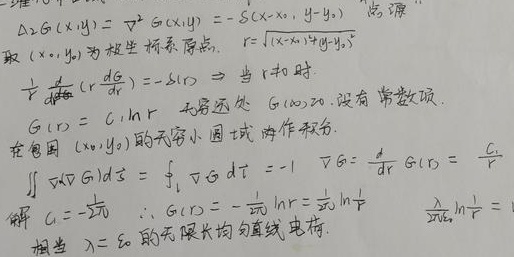
取\((x_0,y_0)\)为极坐标系原点，\(r=\sqrt{(x-x_0)^2+(y-y_0)^2}\)。\\
\(\Delta^{2}G(x,y)=\nabla^{2}G(x,y)=-\delta(x-x_0,y-y_0)\quad\)（点源）\\
\(\frac{1}{r}\frac{d}{dr}\left(r\frac{dG}{dr}\right)=-\delta(r)\Rightarrow\)当r时，\\
无穷远处\(G(\infty)=0\)，没有常数项\\
\(G(r)=C_1\lnr\)\\
在包围\((x_0,y_0)\)的无穷小区域内作积分，\\
\(\iint\nablaG\cdotd\vec{S}=\oint_{l}\nablaG\cdotd\vec{l}=-1\quad\nablaG=\frac{d}{dr}G(r)=\frac{C_1}{r}\)\\
解\(C_1=-\frac{1}{2\pi}\quad\thereforeG(r)=-\frac{1}{2\pi}\lnr=\frac{1}{2\pi}\ln\frac{1}{r}\)\\
相当于\(\lambda=\varepsilon_0\)的无限长均匀直线电荷。\(\quad\frac{\lambda}{2\pi\varepsilon_0}\ln\frac{1}{r}=1\)